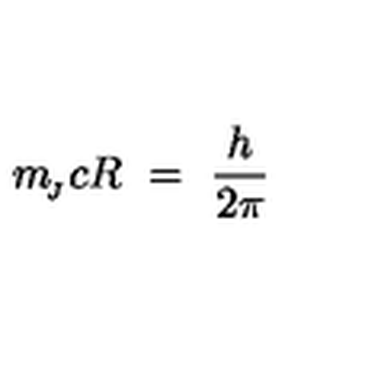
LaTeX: m _ { \! _ { J } } c R \ = \ \frac { h } { 2 \pi }